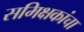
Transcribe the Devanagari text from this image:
समिक्षकांचा